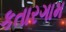
કતારગામ